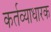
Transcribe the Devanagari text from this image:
कर्तव्याधारक